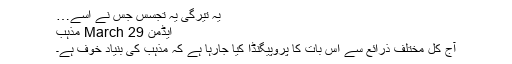
یہ تیرگی یہ تجسس جس نے اسے…
ایڈمن 29 March مذہب
آج کل مختلف ذرائع سے اس بات کا پروپیگنڈا کیا جارہا ہے کہ مذہب کی بنیاد خوف ہے۔